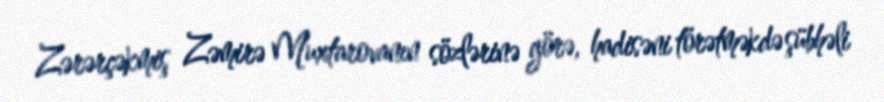
Zərərçəkmiş Zəmirə Muxtarovanın sözlərinə görə, hadisəni törətməkdə şübhəli